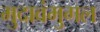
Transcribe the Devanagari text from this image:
मुदावंमुगल